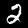
Digit: 2